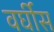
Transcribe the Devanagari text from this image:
वर्घीस